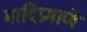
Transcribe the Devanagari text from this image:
मादिप्रमाणे